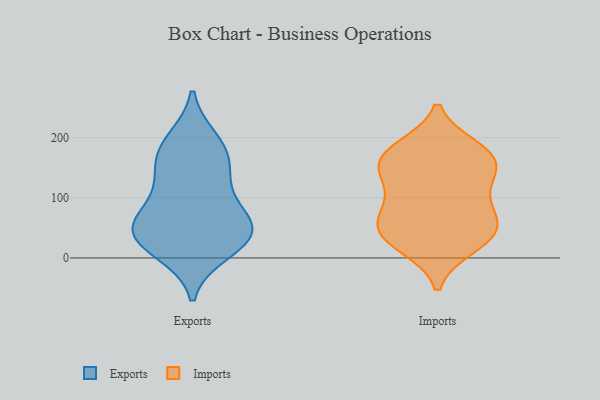
{"axis": {"x": "Shipments", "y": "Value"}, "legend": ["Exports", "Imports"], "data": [{"x": "", "y": 195, "type": "Exports"}, {"x": "", "y": 131, "type": "Exports"}, {"x": "", "y": 60, "type": "Exports"}, {"x": "", "y": 11, "type": "Exports"}, {"x": "", "y": 136, "type": "Exports"}, {"x": "", "y": 33, "type": "Exports"}, {"x": "", "y": 39, "type": "Exports"}, {"x": "", "y": 60, "type": "Exports"}, {"x": "", "y": 84, "type": "Exports"}, {"x": "", "y": 26, "type": "Exports"}, {"x": "", "y": 171, "type": "Exports"}, {"x": "", "y": 47, "type": "Exports"}, {"x": "", "y": 182, "type": "Exports"}, {"x": "", "y": 160, "type": "Imports"}, {"x": "", "y": 69, "type": "Imports"}, {"x": "", "y": 156, "type": "Imports"}, {"x": "", "y": 102, "type": "Imports"}, {"x": "", "y": 72, "type": "Imports"}, {"x": "", "y": 44, "type": "Imports"}, {"x": "", "y": 176, "type": "Imports"}, {"x": "", "y": 138, "type": "Imports"}, {"x": "", "y": 54, "type": "Imports"}, {"x": "", "y": 43, "type": "Imports"}, {"x": "", "y": 182, "type": "Imports"}, {"x": "", "y": 20, "type": "Imports"}, {"x": "", "y": 172, "type": "Imports"}, {"x": "", "y": 125, "type": "Imports"}, {"x": "", "y": 24, "type": "Imports"}]}